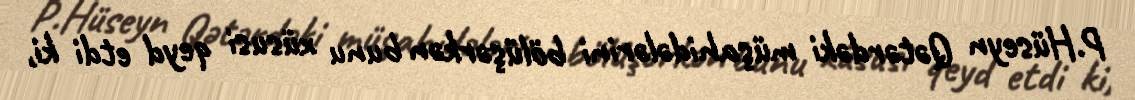
P.Hüseyn Qətərdəki müşahidələrini bölüşərkən bunu xüsusi qeyd etdi ki,